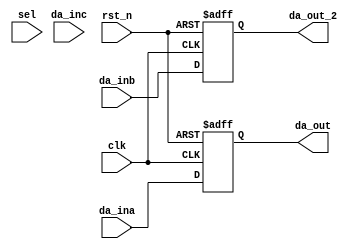
// 
module sel_wave(
	input clk,
	input rst_n,
	input [2:0] sel,
	input [13:0] da_ina,
	input [13:0] da_inb,
	input [13:0] da_inc,
	output [13:0] da_out,
	output [13:0] da_out_2
);

reg [13:0] da_out_reg;
assign da_out = da_out_reg;

always @(posedge clk or negedge rst_n)
begin
	if(!rst_n)
	begin
		da_out_reg <= 14'd0;
	end
	else
	begin 
	  da_out_reg <= da_ina;
	end
end


reg [13:0] da_out_reg_2;
assign da_out_2 = da_out_reg_2;

always @(posedge clk or negedge rst_n)
begin
	if(!rst_n)
	begin
		da_out_reg_2 <= 14'd0;
	end
	else
	begin 
	  da_out_reg_2 <= da_inb;
	end
end








endmodule